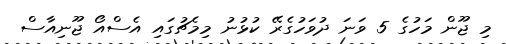
މި ޖޫން މަހުގެ 5 ވަނަ ދުވަހުގެރޭ ކުޅުނު މިމެޗުގައި އެސްއޯ ޖޫނިއާސް